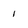
Character: 1